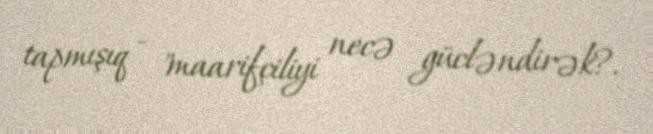
tapmışıq - "maarifçiliyi necə gücləndirək?.